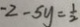
- 2 - 5 y = \frac { 1 } { 2 }